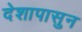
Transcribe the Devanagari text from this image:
देशापासुन